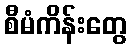
စီမံကိန်းတွေ